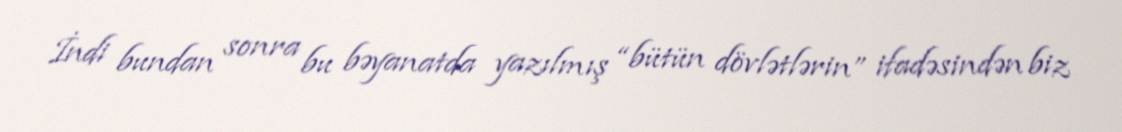
İndi bundan sonra bu bəyanatda yazılmış “bütün dövlətlərin” ifadəsindən biz